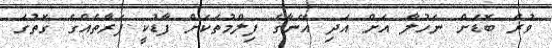
ވުރެ ބޮޑަށް ނަހުލާ އަށް އަދި އޭނާގެ ފިލްމުތަކަށް ފާޑުކީ ފަރާތެއްގެ ގޮތުގަ